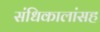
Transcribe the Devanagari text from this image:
संधिकालांसह